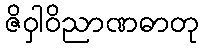
ဇိဝှါဝိညာဏဓာတု